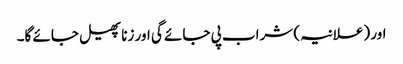
اور (علانیہ) شراب پی جائے گی اور زنا پھیل جائے گا۔